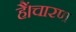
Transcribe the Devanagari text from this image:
हैं।चारण